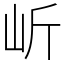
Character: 岓